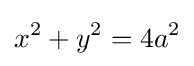
x^{2}+y^{2}=4a^{2}